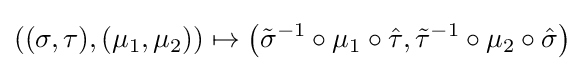
((\sigma ,\tau ),(\mu _{1},\mu _{2}))\mapsto \left({\tilde {\sigma }}^{-1}\circ \mu _{1}\circ {\hat {\tau }},{\tilde {\tau }}^{-1}\circ \mu _{2}\circ {\hat {\sigma }}\right)